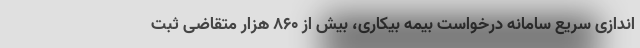
اندازی سریع سامانه درخواست بیمه بیکاری، بیش از ۸۶۰ هزار متقاضی ثبت